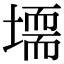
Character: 𡑂